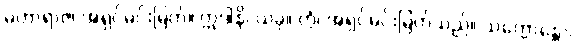
မဟာရာဇ၊ အရှင်မင်းမြတ်။ ဣဒါနိ၊ ယခု။ တွံ၊ အရှင်မင်းမြတ်သည်။ သက္ကောန္တော၊